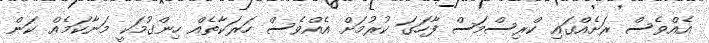
އެއްވެސް ރަށެއްގައި ކްރިސްމަސް ފާހަގަ ކުރުމަށް އެއްވެސް ހަރަކާތެއް ހިންގުމަކީ މަނާކަމެއް ކަން